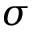
\sigma